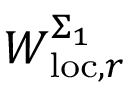
W _ { \mathrm { l o c } , r } ^ { \Sigma _ { 1 } }